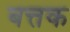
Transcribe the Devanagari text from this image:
बत्तक